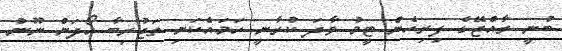
ބުނީ ރާއްޖޭގެ ފިރިހެން ޓީމު ވާދަ ކުރާނީ ހަމައެކަނި ތަޖުރިބާ ހޯދަން ނޫން